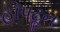
હોપટૂન